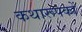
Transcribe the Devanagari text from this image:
कथारूपकों